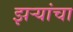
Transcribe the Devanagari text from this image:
झर्‍यांचा